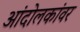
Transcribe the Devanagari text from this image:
आंदोलकांवर